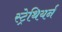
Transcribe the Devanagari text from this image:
स्ट्रेथियर्न